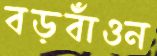
বড়বাঁওন